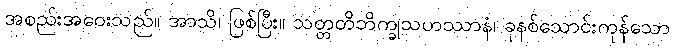
အစည်းအဝေးသည်။ အာသိ၊ ဖြစ်ပြီး။ သတ္တတိဘိက္ခုသဟဿာနံ၊ ခုနစ်သောင်းကုန်သော